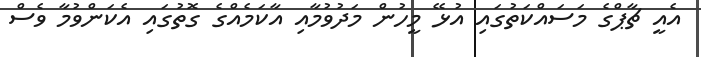
އެއީ ޗާޕްގެ މަސައްކަތުގައި އުޅޭ މީހުން މަދުވުމާއި އާކަމެއްގެ ގޮތުގައި އެކަންވުމާ ވެސް